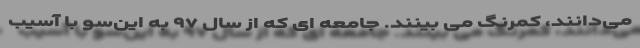
می‌دانند، کمرنگ می بینند. جامعه ای که از سال ۹۷ به این‌سو با آسیب